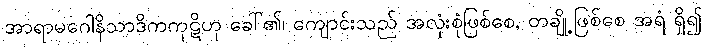
အာရာမဂေါနိသာဒိကကုဋိဟု ခေါ်၏၊ ကျောင်းသည် အလုံးစုံဖြစ်စေ, တချို့ဖြစ်စေ အရံ ရှိ၍